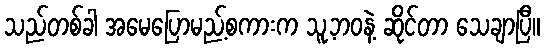
သည်တစ်ခါ အမေပြောမည့်စကားက သူ့ဘဝနဲ့ ဆိုင်တာ သေချာပြီ။